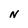
Character: N